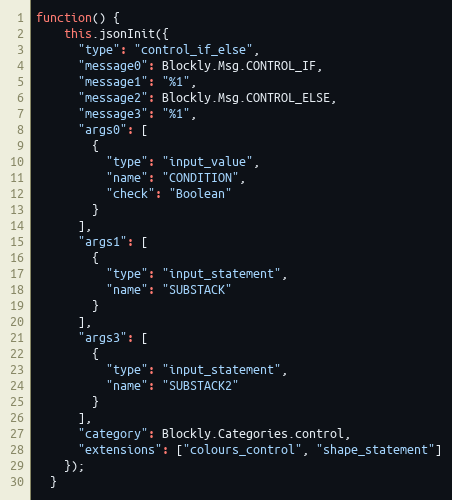
Language: JavaScript
function() {
    this.jsonInit({
      "type": "control_if_else",
      "message0": Blockly.Msg.CONTROL_IF,
      "message1": "%1",
      "message2": Blockly.Msg.CONTROL_ELSE,
      "message3": "%1",
      "args0": [
        {
          "type": "input_value",
          "name": "CONDITION",
          "check": "Boolean"
        }
      ],
      "args1": [
        {
          "type": "input_statement",
          "name": "SUBSTACK"
        }
      ],
      "args3": [
        {
          "type": "input_statement",
          "name": "SUBSTACK2"
        }
      ],
      "category": Blockly.Categories.control,
      "extensions": ["colours_control", "shape_statement"]
    });
  }